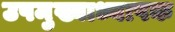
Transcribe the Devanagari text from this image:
उपमुख्याध्यापक